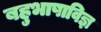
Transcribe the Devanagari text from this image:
बहुभाषाविज्ञ